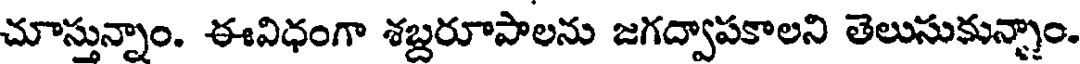
చూస్తున్నాం. ఈవిధంగా శబ్దరూపాలను జగద్వాపకాలని తెలుసుకున్నాం.